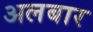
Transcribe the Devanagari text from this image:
अलबार